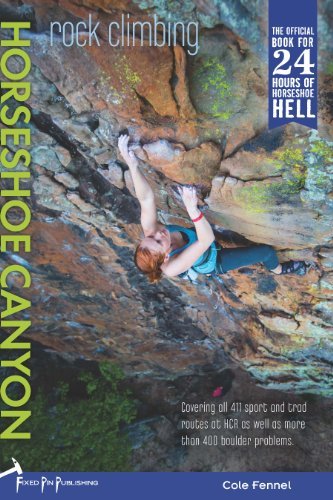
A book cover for Rock Climbing Horseshoe Canyon; Cole Fennel; Sports & Outdoors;